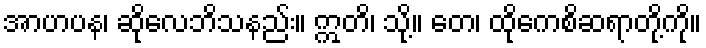
အာဟပန၊ ဆိုလေဘိသနည်း။ ဣတိ၊ သို့။ တေ၊ ထိုကေစိဆရာတို့ကို။